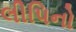
લીપિનો